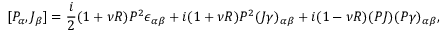
[ { \cal P } _ { \alpha } , { \cal J } _ { \beta } ] = \frac { i } { 2 } ( 1 + \nu R ) P ^ { 2 } \epsilon _ { \alpha \beta } + i ( 1 + \nu R ) P ^ { 2 } ( J \gamma ) _ { \alpha \beta } + i ( 1 - \nu R ) ( P J ) ( P \gamma ) _ { \alpha \beta } ,